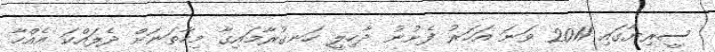
ސީރިޔާގައި 2011 ވަނަ އަހަރު ފެށުނު ދާހިލީ ހަނގުރާމައިގާ މިހާތަނަށް ދެލައްކަ އެއްހާ